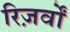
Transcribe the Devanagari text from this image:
रिज़र्वों